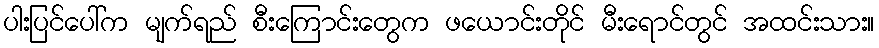
ပါးပြင်ပေါ်က မျက်ရည် စီးကြောင်းတွေက ဖယောင်းတိုင် မီးရောင်တွင် အထင်းသား။